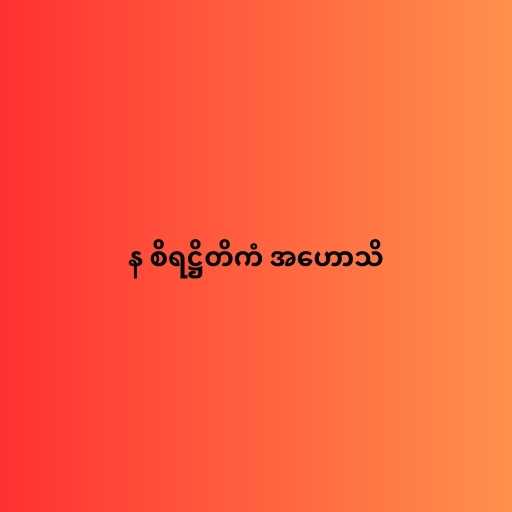
န စိရဋ္ဌိတိကံ အဟောသိ